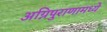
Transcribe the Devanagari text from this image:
अग्निपुराणामध्ये